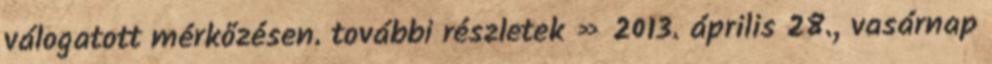
válogatott mérkőzésen. további részletek » 2013. április 28., vasárnap